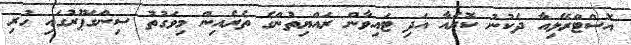
އޮސްޓްރޭލިއާ ދެކުނު ކޮރެއާ އަދި ޓައިވާން ރައްޔިތުންގެ ތެރެއިން މިވަގުތު ސިންގަޕޫރުގައި ހުރި